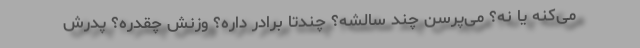
می‌کنه یا نه؟ می‌پرسن چند سالشه؟ چندتا برادر داره؟ وزنش چقدره؟ پدرش